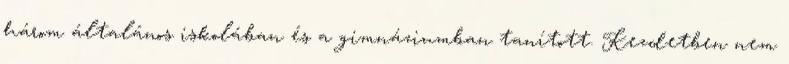
három általános iskolában és a gimnáziumban tanított. Kezdetben nem